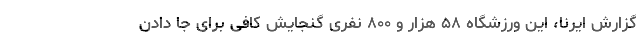
گزارش ایرنا، این ورزشگاه ۵۸ هزار و ۸۰۰ نفری گنجایش کافی برای جا دادن